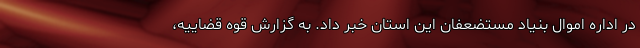
در اداره اموال بنیاد مستضعفان این استان خبر داد. به گزارش قوه قضاییه،